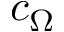
c _ { \Omega }